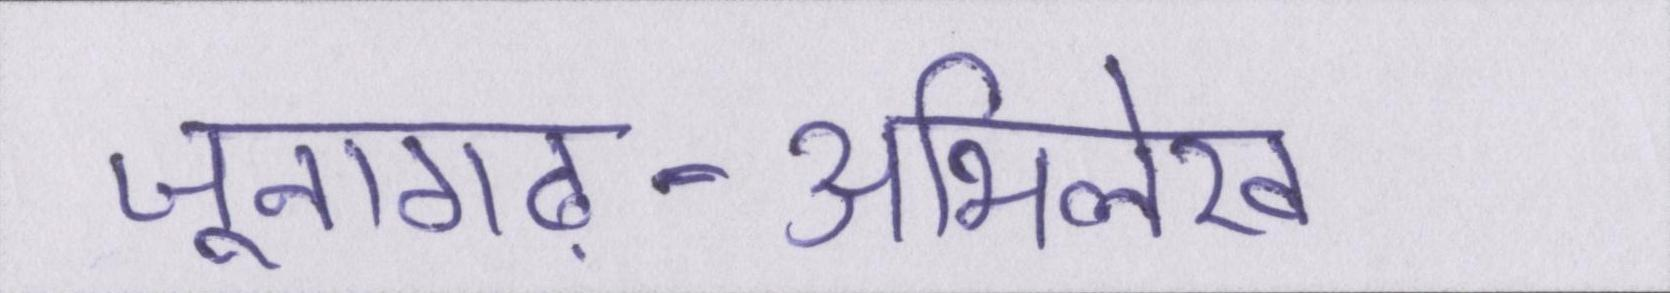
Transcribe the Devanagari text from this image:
जूनागढ़-अभिलेख